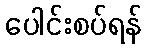
ပေါင်းစပ်ရန်